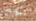
لنواصل